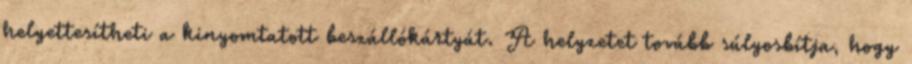
helyettesítheti a kinyomtatott beszállókártyát. A helyzetet tovább súlyosbítja, hogy